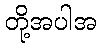
တို့အပါအ